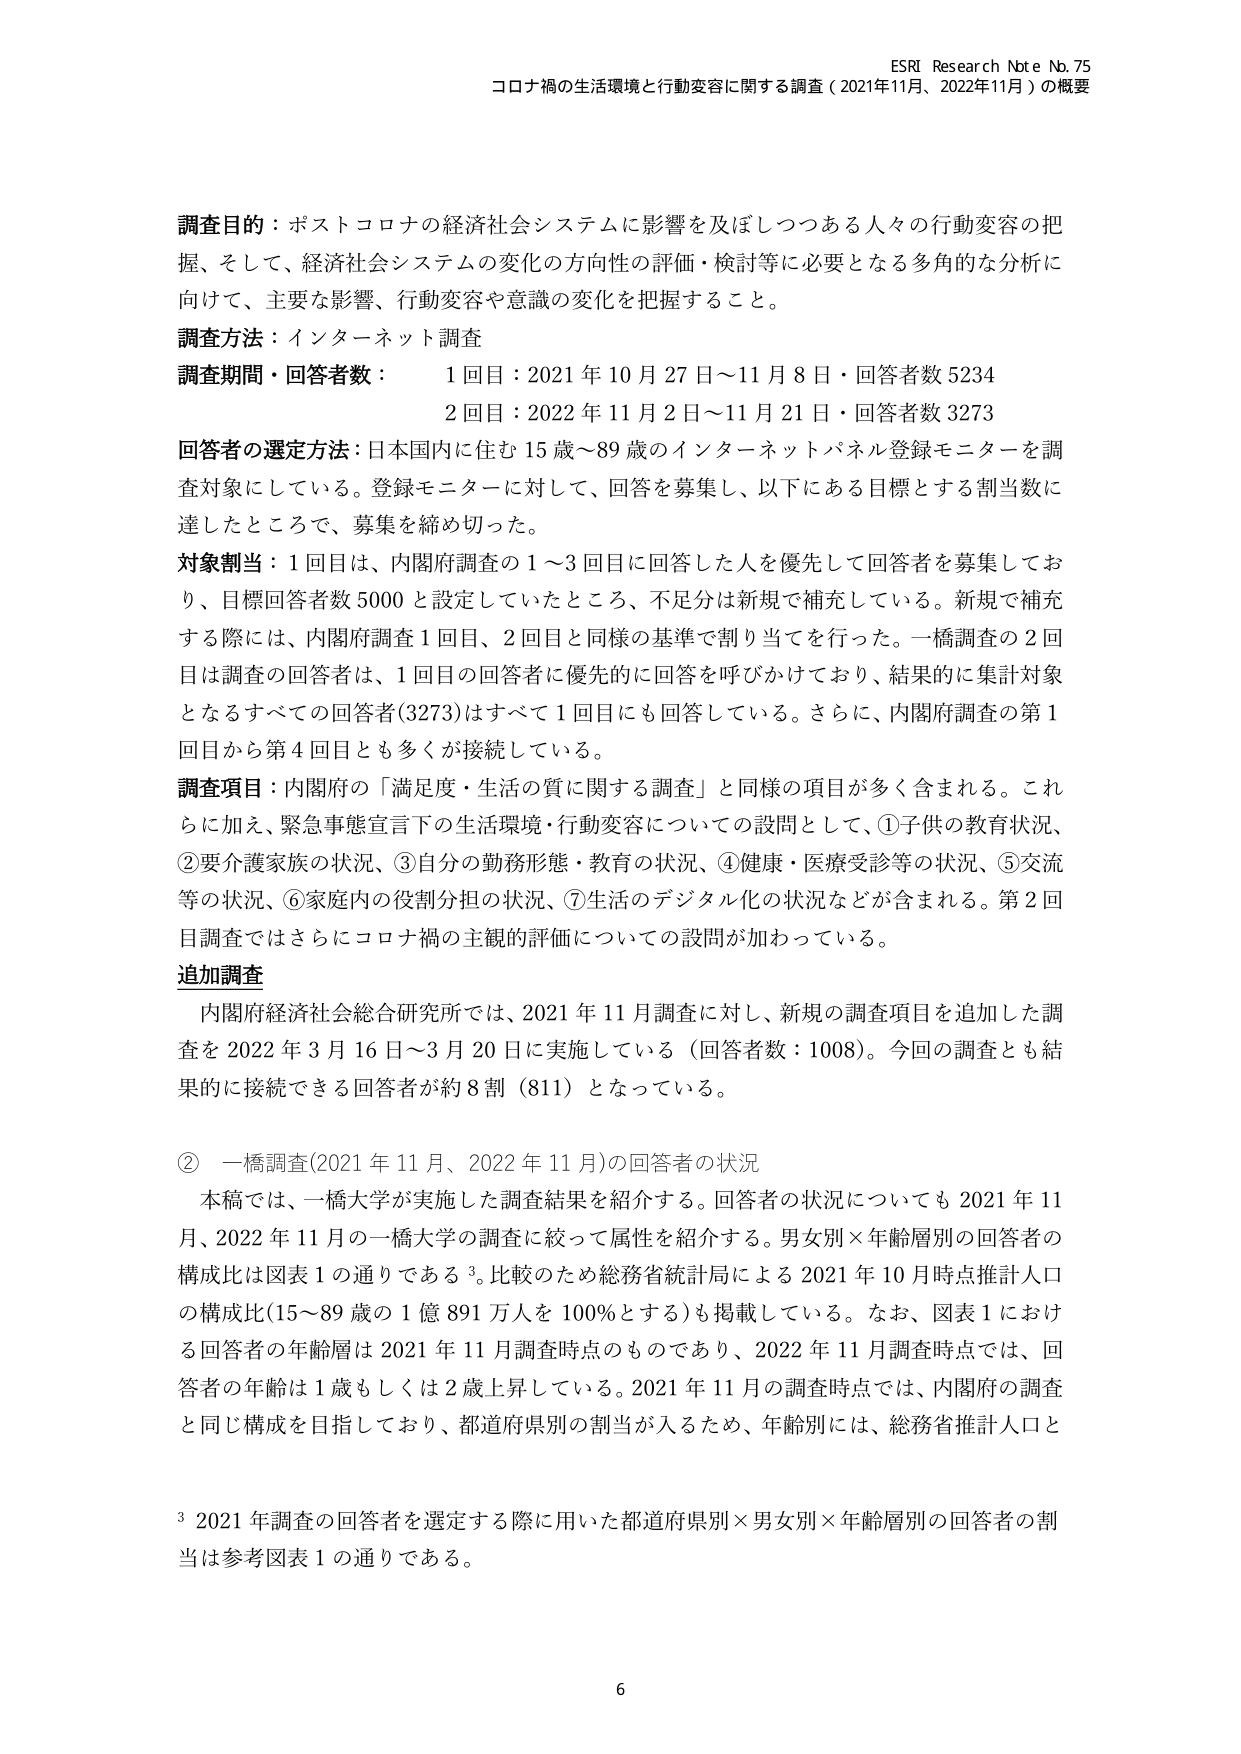
ESRI Research Note No. 75
コロナ禍の生活環境と行動変容に関する調査（2021年11月、2022年11月）の概要

調査目的：ポストコロナの経済社会システムに影響を及ぼしつつある人々の行動変容の把握、そして、経済社会システムの変化の方向性の評価・検討等に必要となる多角的な分析に向けて、主要な影響、行動変容や意識の変化を把握すること。

調査方法：インターネット調査

調査期間・回答者数：
　　1回目：2021年10月27日～11月8日・回答者数5234
　　2回目：2022年11月2日～11月21日・回答者数3273

回答者の選定方法：日本国内に住む15歳～89歳のインターネットパネル登録モニターを調査対象としている。登録モニターに対して、回答を募集し、以下にある目標とする割当数に達したところで、募集を締め切った。

対象割当：1回目は、内閣府調査の1～3回目に回答した人を優先して回答者を募集しており、目標回答者数5000と設定していたところ、不足分は新規で補充している。新規で補充する際には、内閣府調査1回目、2回目と同様の基準で割り当てを行った。一橋調査の2回目は調査の回答者は、1回目の回答者に優先的に回答を呼びかけており、結果的に集計対象となるすべての回答者(3273)はすべて1回目にも回答している。さらに、内閣府調査の第1回目から第4回目とも多くが接続している。

調査項目：内閣府の「満足度・生活の質に関する調査」と同様の項目が多く含まれる。これらに加え、緊急事態宣言下の生活環境・行動変容についての設問として、①子供の教育状況、②要介護家族の状況、③自分の勤務形態・教育の状況、④健康・医療受診等の状況、⑤交流等の状況、⑥家庭内の役割分担の状況、⑦生活のデジタル化の状況などが含まれる。第2回目調査ではさらにコロナ禍の主観的評価についての設問が加わっている。

追加調査
　内閣府経済社会総合研究所では、2021年11月調査に対し、新規の調査項目を追加した調査を2022年3月16日～3月20日に実施している（回答者数：1008）。今回の調査とも結果的に接続できる回答者が約8割（811）となっている。

② 一橋調査(2021年11月、2022年11月)の回答者の状況
　本稿では、一橋大学が実施した調査結果を紹介する。回答者の状況についても2021年11月、2022年11月の一橋大学の調査に絞って属性を紹介する。男女別×年齢層別の回答者の構成比は図表1の通りである³。比較のため総務省統計局による2021年10月時点推計人口の構成比(15～89歳の1億891万人を100%とする)も掲載している。なお、図表1における回答者の年齢層は2021年11月調査時点のものであり、2022年11月調査時点では、回答者の年齢は1歳もしくは2歳上昇している。2021年11月の調査時点では、内閣府の調査と同じ構成を目指しており、都道府県別の割当が入るため、年齢別には、総務省推計人口と

³ 2021年調査の回答者を選定する際に用いた都道府県別×男女別×年齢層別の回答者の割当は参考図表1の通りである。

6